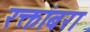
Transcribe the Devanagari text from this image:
रक्तांबरा